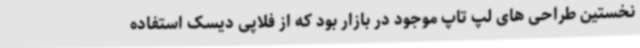
نخستین طراحی های لپ تاپ موجود در بازار بود که از فلاپی دیسک استفاده